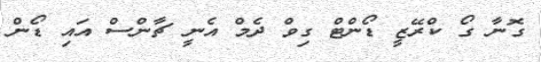
ގޮނާ ގޯ ކްރޭޒީ ޑޯންޓް ގިވް ދެމް އެނީ ޗާންސް އައި ޑޯން